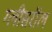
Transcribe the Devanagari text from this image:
ग्लीसरॉल